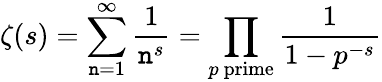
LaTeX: \zeta(s)=\sum_{\mathtt{n}=1}^{\infty}{\frac{{1}}{{\mathtt{n}^{s}}}}=\prod_{p{\mathrm{{~prime}}}}{\frac{{1}}{{1-p^{-s}}}}